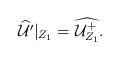
LaTeX: \begin{align*}\widehat{\mathcal U'}\vert_{Z_1}=\widehat{\mathcal U^+_{Z_1}}.\end{align*}